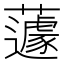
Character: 蘧